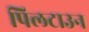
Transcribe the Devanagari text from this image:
पिलटाउन